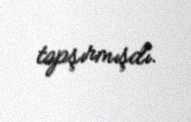
tapşırmışdı.